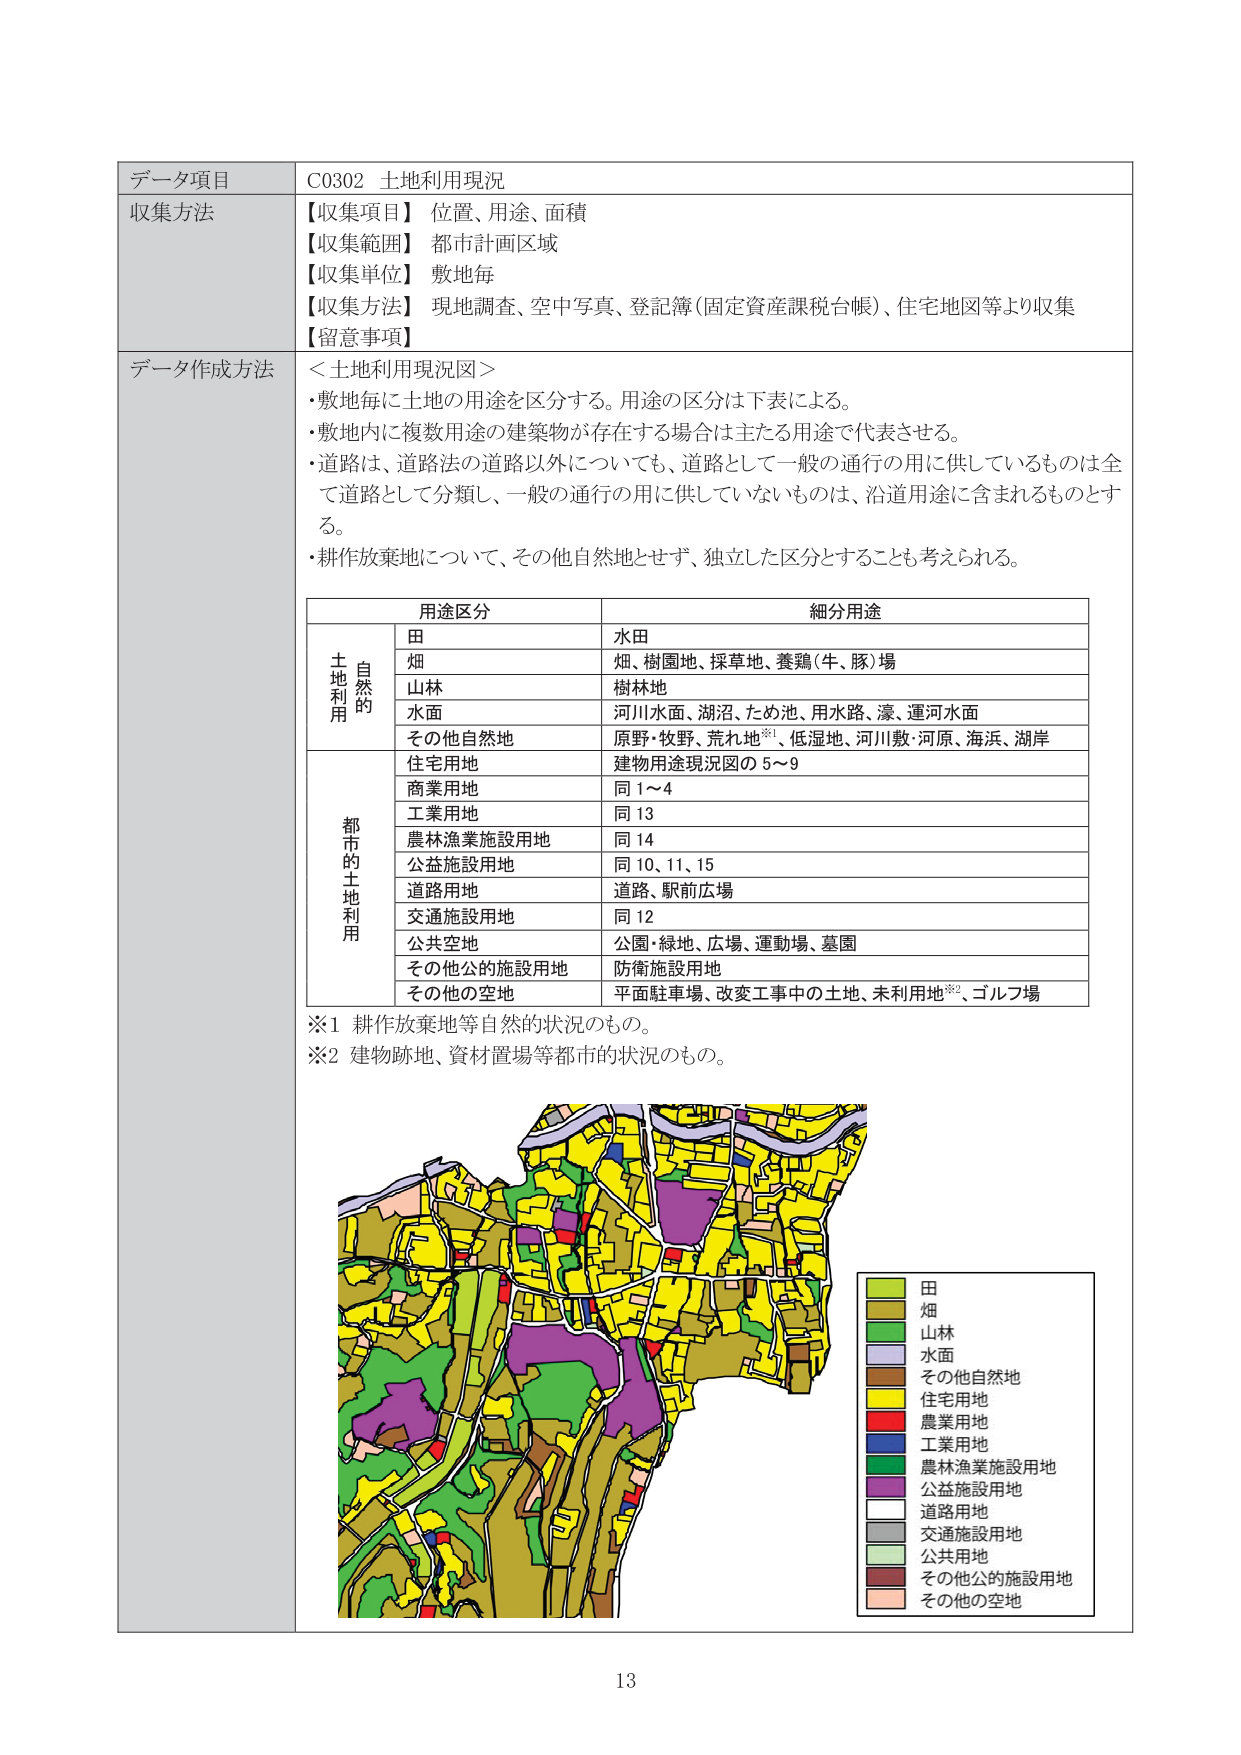
データ項目 C0302 土地利用現況
収集方法
【収集項目】 位置、用途、面積
【収集範囲】 都市計画区域
【収集単位】 敷地毎
【収集方法】 現地調査、空中写真、登記簿（固定資産課税台帳）、住宅地図等より収集
【留意事項】

データ作成方法
＜土地利用現況図＞
・敷地毎に土地の用途を区分する。用途の区分は下表による。
・敷地内に複数用途の建築物が存在する場合は主たる用途で代表させる。
・道路は、道路法の道路以外についても、道路として一般の通行の用に供しているものは全て道路として分類し、一般の通行の用に供していないものは、沿道用途に含まれるものとする。
・耕作放棄地について、その他自然地とせず、独立した区分とすることも考えられる。

用途区分 細分用途
自然的
土地利用
田 水田
畑 畑、樹園地、採草地、養鶏（牛、豚）場
山林 樹林地
水面 河川水面、湖沼、ため池、用水路、濠、運河水面
その他自然地 原野・牧野、荒れ地※1、低湿地、河川敷・河原、海浜、湖岸
都市的
土地利用
住宅用地 建物用途現況図の 5～9
商業用地 同 1～4
工業用地 同 13
農林漁業施設用地 同 14
公益施設用地 同 10、11、15
道路用地 道路、駅前広場
交通施設用地 同 12
公共空地 公園・緑地、広場、運動場、墓園
その他公的施設用地 防衛施設用地
その他の空地 平面駐車場、改変工事中の土地、未利用地※2、ゴルフ場

※1 耕作放棄地等自然的状況のもの。
※2 建物跡地、資材置場等都市的状況のもの。

田
畑
山林
水面
その他自然地
住宅用地
商業用地
工業用地
農林漁業施設用地
公益施設用地
道路用地
交通施設用地
公共用地
その他公的施設用地
その他の空地

13